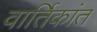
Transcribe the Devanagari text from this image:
वार्तिकांत